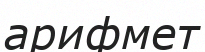
арифмет